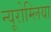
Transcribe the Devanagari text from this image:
न्यूरोम्लिया